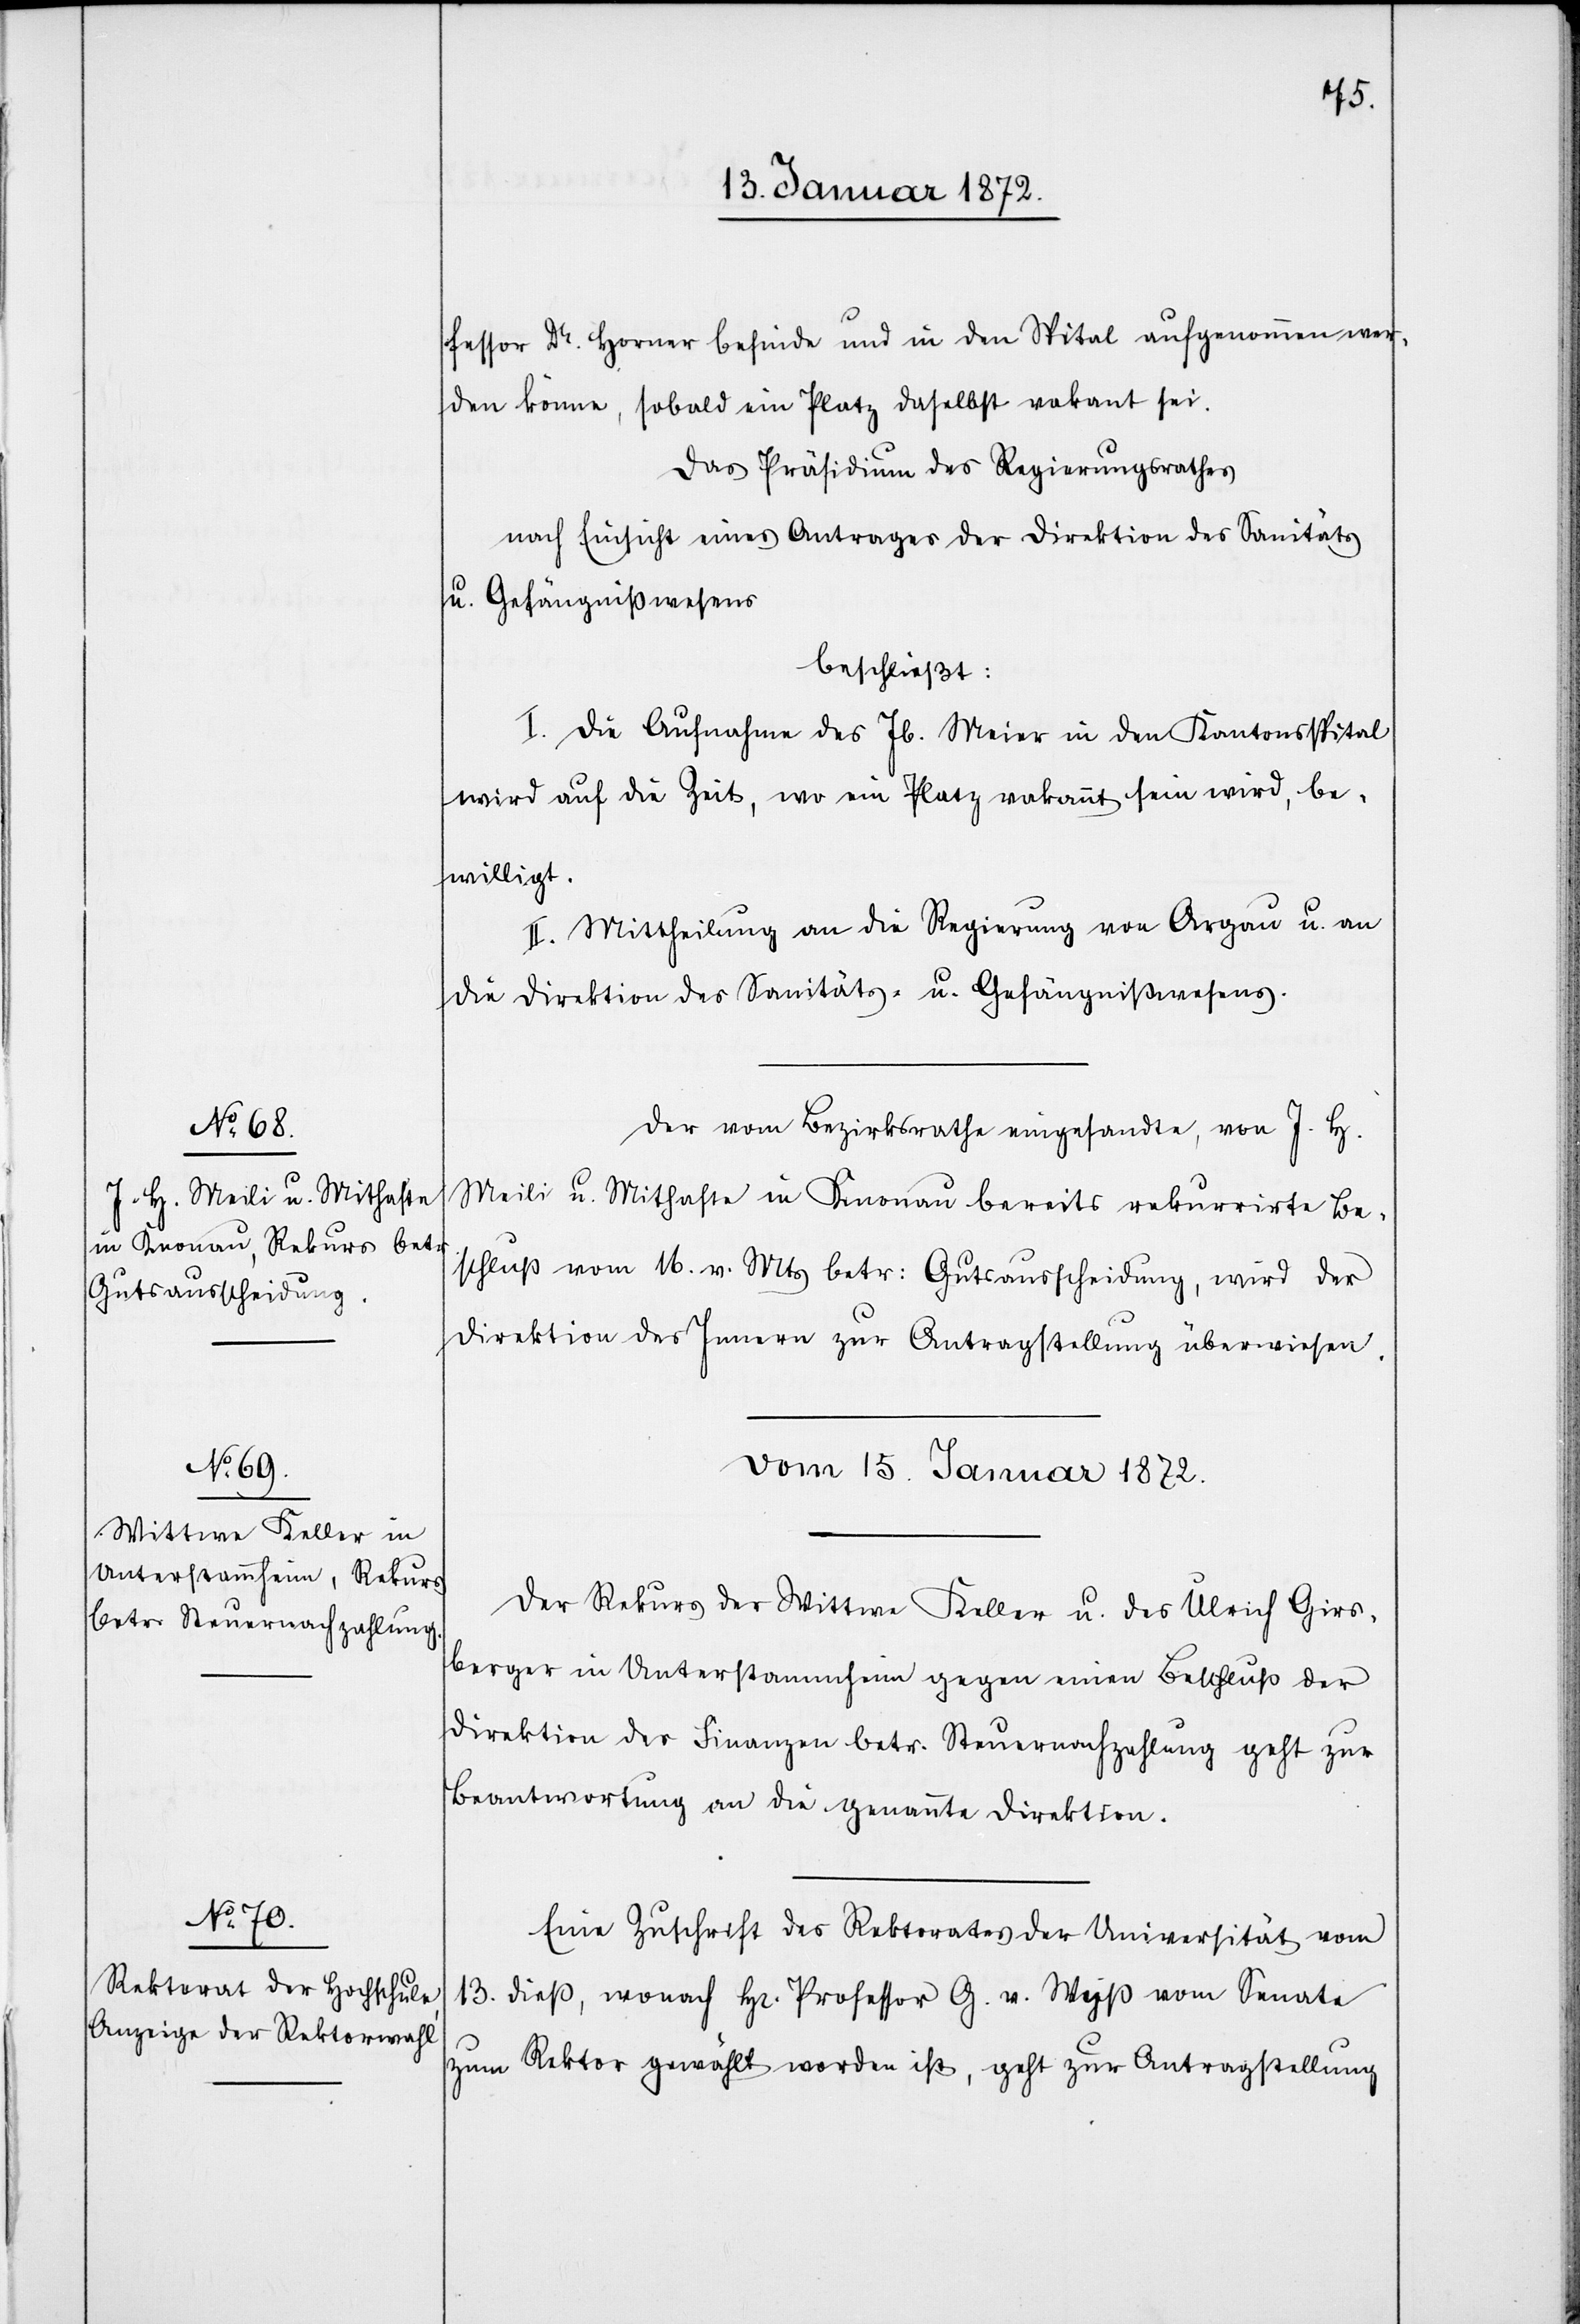
fessor Dr. Horner befinde und in den Spital aufgenommen wer¬
den könne, sobald ein Platz daselbst vakant sei.
Das Präsidium des Regierungsrathes
nach Einsicht eines Antrages der Direktion des Sanitäts
u. Gefängnißwesens
beschließt:
I. Die Aufnahme des Jb. Meier [sic!] in den Kantonsspital
wird auf die Zeit, wo ein Platz vakannt sein wird, be¬
willigt.
II. Mittheilung an die Regierung von Argau [sic!] u. an
die Direktion des Sanitäts- u. Gefängnißwesens.
Der vom Bezirksrathe eingesandte, von J. H.
Meili u. Mithafte in Knonau bereits rekurrirte Be¬
schluß vom 16. v. Mts betr: Gutsausscheidung, wird der
Direktion des Innern zur Antragsstellung überwiesen.
vom 15. Januar 1872.]
Der Rekurs der Wittwe Keller u. des Ulrich Girs¬
berger in Unterstammheim gegen einen Beschluß der
Direktion der Finanzen betr. Steuernachzahlung geht zur
Beantwortung an die genannte Direktion.
Eine Zuschrift des Rektorates der Universität vom
13. dieß, wonach Hr. Professor G. v. Wyß vom Senate
zum Rektor gewählt worden ist, geht zur Antragsstellung